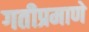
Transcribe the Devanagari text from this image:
गतीप्रमाणे